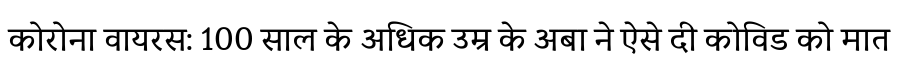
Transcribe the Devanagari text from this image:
कोरोना वायरस: 100 साल के अधिक उम्र के अबा ने ऐसे दी कोविड को मात